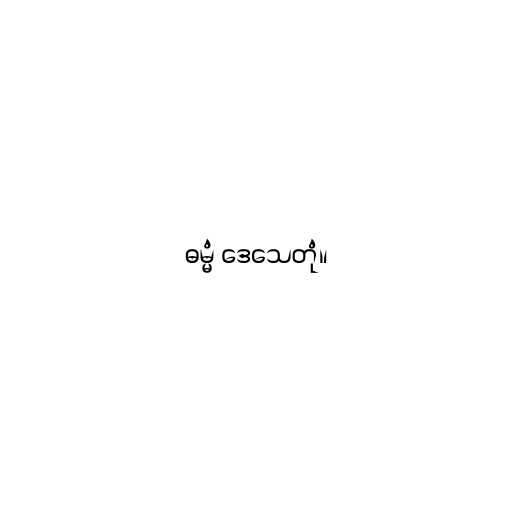
ဓမ္မံ ဒေသေတုံ။